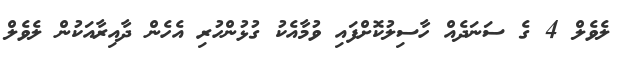
ލެވެލް 4 ގެ ސަނަދެއް ހާސިލުކޮށްފައި ވުމާއެކު ގުޅުންހުރި އެހެން ދާއިރާއަކުން ލެވެލް